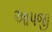
આપજી